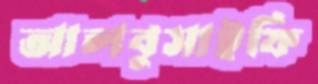
আলবুসাইফি